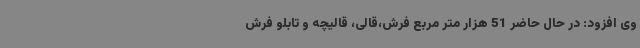
وی افزود: در حال حاضر 51 هزار متر مربع فرش،قالی، قالیچه و تابلو فرش